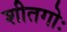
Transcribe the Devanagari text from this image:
शीतगोः